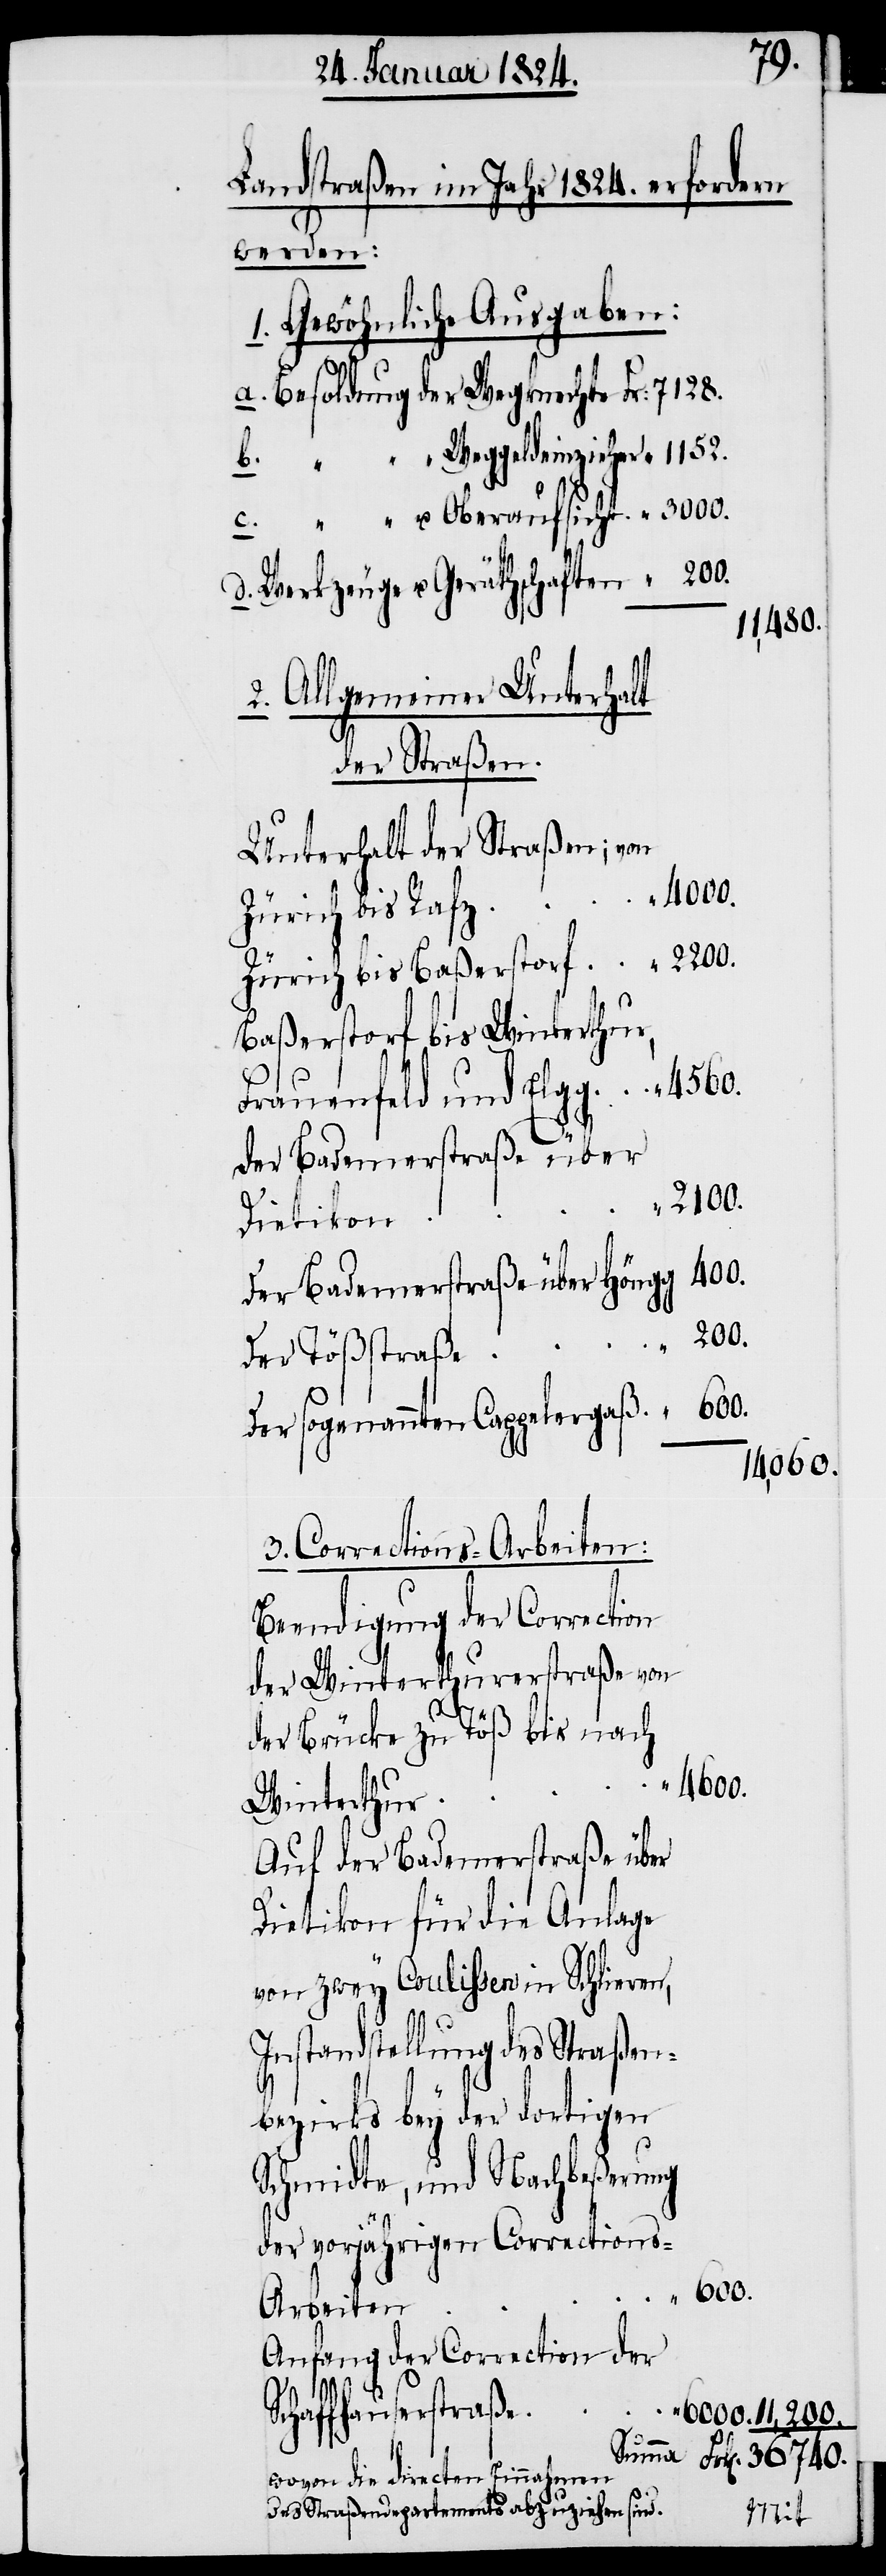
7128.
Landstraßen im Jahr 1824. erfordern
werden:
1. Gewöhnliche Ausgaben:
Besoldung der Wegknechte
11'480.
2. Allgemeiner Unterhalt
der Straßen.
Unterhalt der Straßen; von
Zürich bis Rafz
Zürich bis Baßerstorf
Baßerstorf bis Winterthur,
Frauenfeld und Elgg
der Badenerstraße über
2200.
Dietikon
Der Badenerstraße über Höngg
Der Tößstraße
6000.
Der sogenannten Cappelergaß.
14'060.
3. Corrections-Arbeiten:
Beendigung der Correction
der Winterthurerstraße von
der Brücke zu Töß bis nach
36740.
Winterthur
Auf der Badenerstraße über
Dietikon für die Anlage
von zwey Coulissen in Schlieren,
Instandstellung des Straßen¬
bezirks bey der dortigen
Schmidte, und Nachbeßerung
der vorjährigen Corrections-A¬
rbeiten
Anfang der Correction der
Schaffhauserstraße
u.
wovon die directen Einnahmen
des Straßendepartements abzuziehen sind.